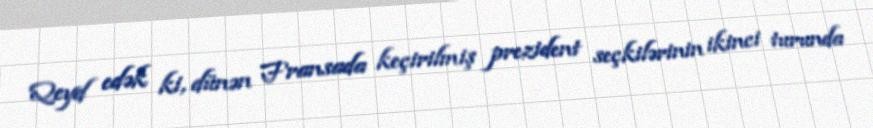
Qeyd edək ki, dünən Fransada keçirilmiş prezident seçkilərinin ikinci turunda